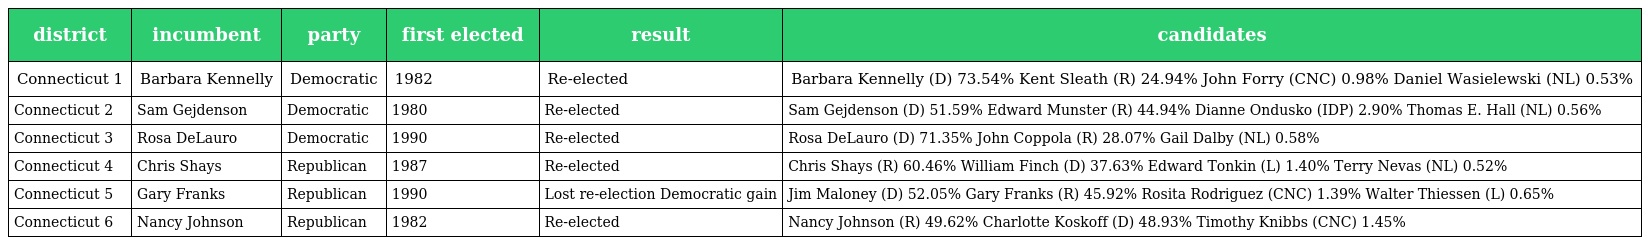
| district | incumbent | party | first elected | result | candidates |
 | --- | --- | --- | --- | --- | --- |
 | Connecticut 1 | Barbara Kennelly | Democratic | 1982 | Re-elected | Barbara Kennelly (D) 73.54% Kent Sleath (R) 24.94% John Forry (CNC) 0.98% Daniel Wasielewski (NL) 0.53% |
 | Connecticut 2 | Sam Gejdenson | Democratic | 1980 | Re-elected | Sam Gejdenson (D) 51.59% Edward Munster (R) 44.94% Dianne Ondusko (IDP) 2.90% Thomas E. Hall (NL) 0.56% |
 | Connecticut 3 | Rosa DeLauro | Democratic | 1990 | Re-elected | Rosa DeLauro (D) 71.35% John Coppola (R) 28.07% Gail Dalby (NL) 0.58% |
 | Connecticut 4 | Chris Shays | Republican | 1987 | Re-elected | Chris Shays (R) 60.46% William Finch (D) 37.63% Edward Tonkin (L) 1.40% Terry Nevas (NL) 0.52% |
 | Connecticut 5 | Gary Franks | Republican | 1990 | Lost re-election Democratic gain | Jim Maloney (D) 52.05% Gary Franks (R) 45.92% Rosita Rodriguez (CNC) 1.39% Walter Thiessen (L) 0.65% |
 | Connecticut 6 | Nancy Johnson | Republican | 1982 | Re-elected | Nancy Johnson (R) 49.62% Charlotte Koskoff (D) 48.93% Timothy Knibbs (CNC) 1.45% |